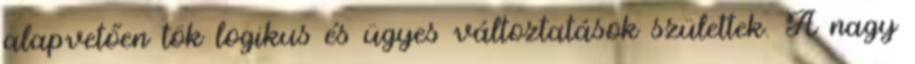
alapvetően tök logikus és ügyes változtatások születtek. A nagy